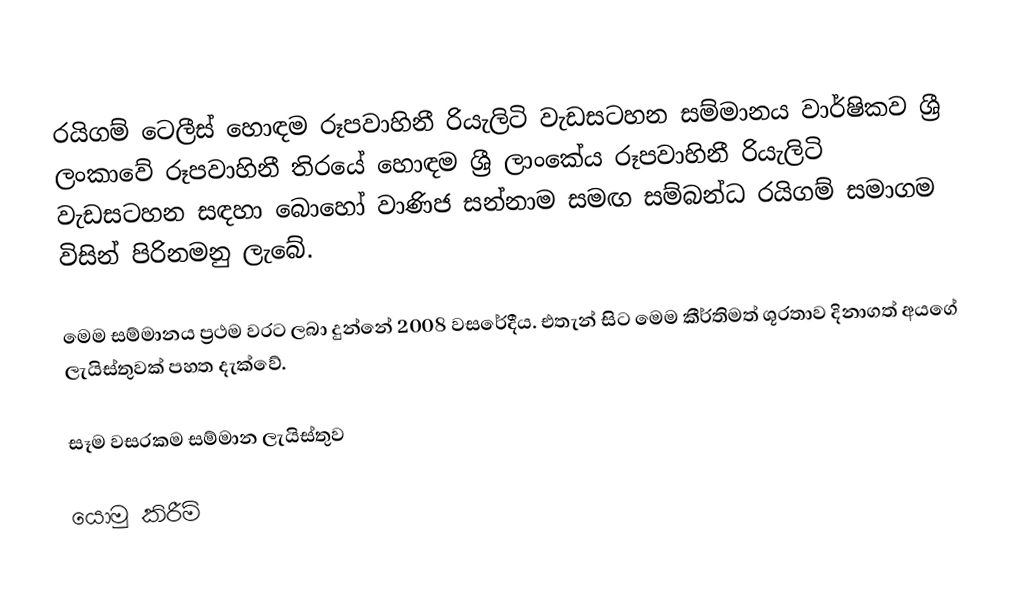
රයිගම් ටෙලීස් හොඳම රූපවාහිනී රියැලිටි වැඩසටහන සම්මානය වාර්ෂිකව ශ්‍රී ලංකාවේ රූපවාහිනී තිරයේ හොඳම ශ්‍රී ලාංකේය රූපවාහිනී රියැලිටි වැඩසටහන සඳහා බොහෝ වාණිජ සන්නාම සමඟ සම්බන්ධ රයිගම් සමාගම විසින් පිරිනමනු ලැබේ.

මෙම සම්මානය ප්‍රථම වරට ලබා දුන්නේ 2008 වසරේදීය. එතැන් සිට මෙම කීර්තිමත් ශූරතාව දිනාගත් අයගේ ලැයිස්තුවක් පහත දැක්වේ.

සෑම වසරකම සම්මාන ලැයිස්තුව

යොමු කිරීම්